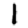
Digit: 1